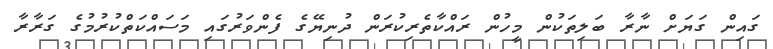
ގައިން ގަޔަށް ނާރާ ބަލިތަކުން މީހުން ރައްކާތެރިކުރަން ދުނިޔޭގެ ފެންވަރުގައި މަސައްކަތްކުރުމުގެ ގަރާރާ